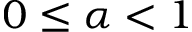
0 \leq \alpha < 1